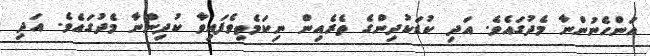
އަންހެނުންނާ މެދުގައެވެ. އަދި ކުޑަކުދިންގެ ތެރެއިން ނިކަމެތިވެފައިވާ ކުދިންނާ މެދުގައެވެ. އަދި